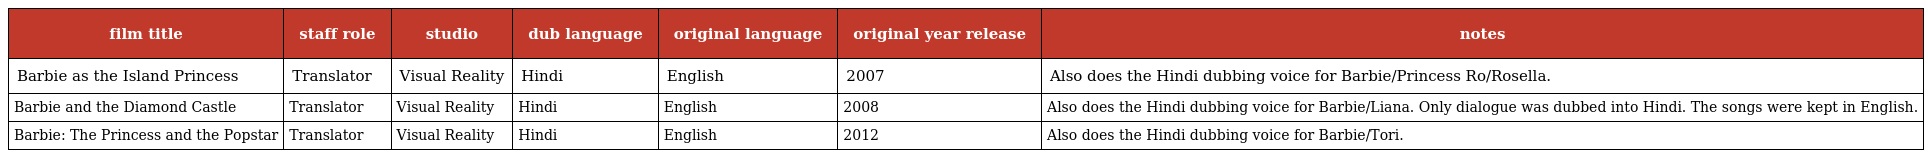
| film title | staff role | studio | dub language | original language | original year release | notes |
 | --- | --- | --- | --- | --- | --- | --- |
 | Barbie as the Island Princess | Translator | Visual Reality | Hindi | English | 2007 | Also does the Hindi dubbing voice for Barbie/Princess Ro/Rosella. |
 | Barbie and the Diamond Castle | Translator | Visual Reality | Hindi | English | 2008 | Also does the Hindi dubbing voice for Barbie/Liana. Only dialogue was dubbed into Hindi. The songs were kept in English. |
 | Barbie: The Princess and the Popstar | Translator | Visual Reality | Hindi | English | 2012 | Also does the Hindi dubbing voice for Barbie/Tori. |